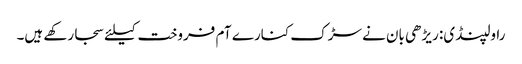
راولپنڈی: ریڑھی بان نے سڑک کنارے آم فروخت کیلئے سجارکھے ہیں۔